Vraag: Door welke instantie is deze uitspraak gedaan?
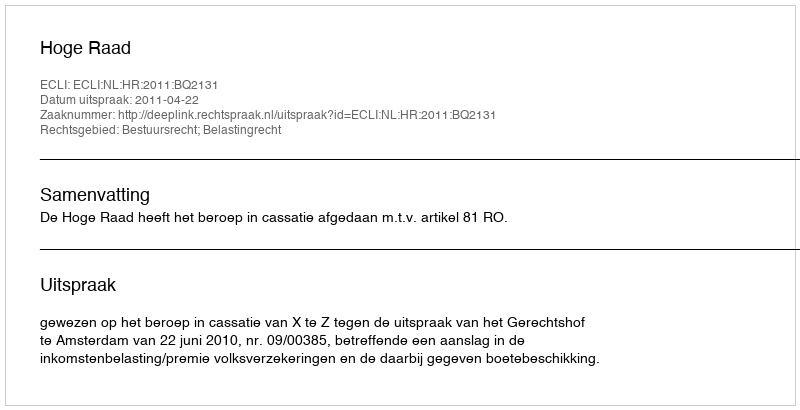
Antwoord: Hoge Raad